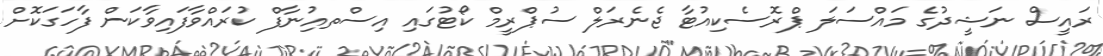
ރައީސް ނަޝީދުގެ މައްސަލަ ޕްރޮސެކިއުޓާ ޖެނެރަލް ސުޕްރީމް ކޯޓުގައި އިސްތއިުނާފް ކުރައްވާފައިވާކަން ފާހަގަކޮށް